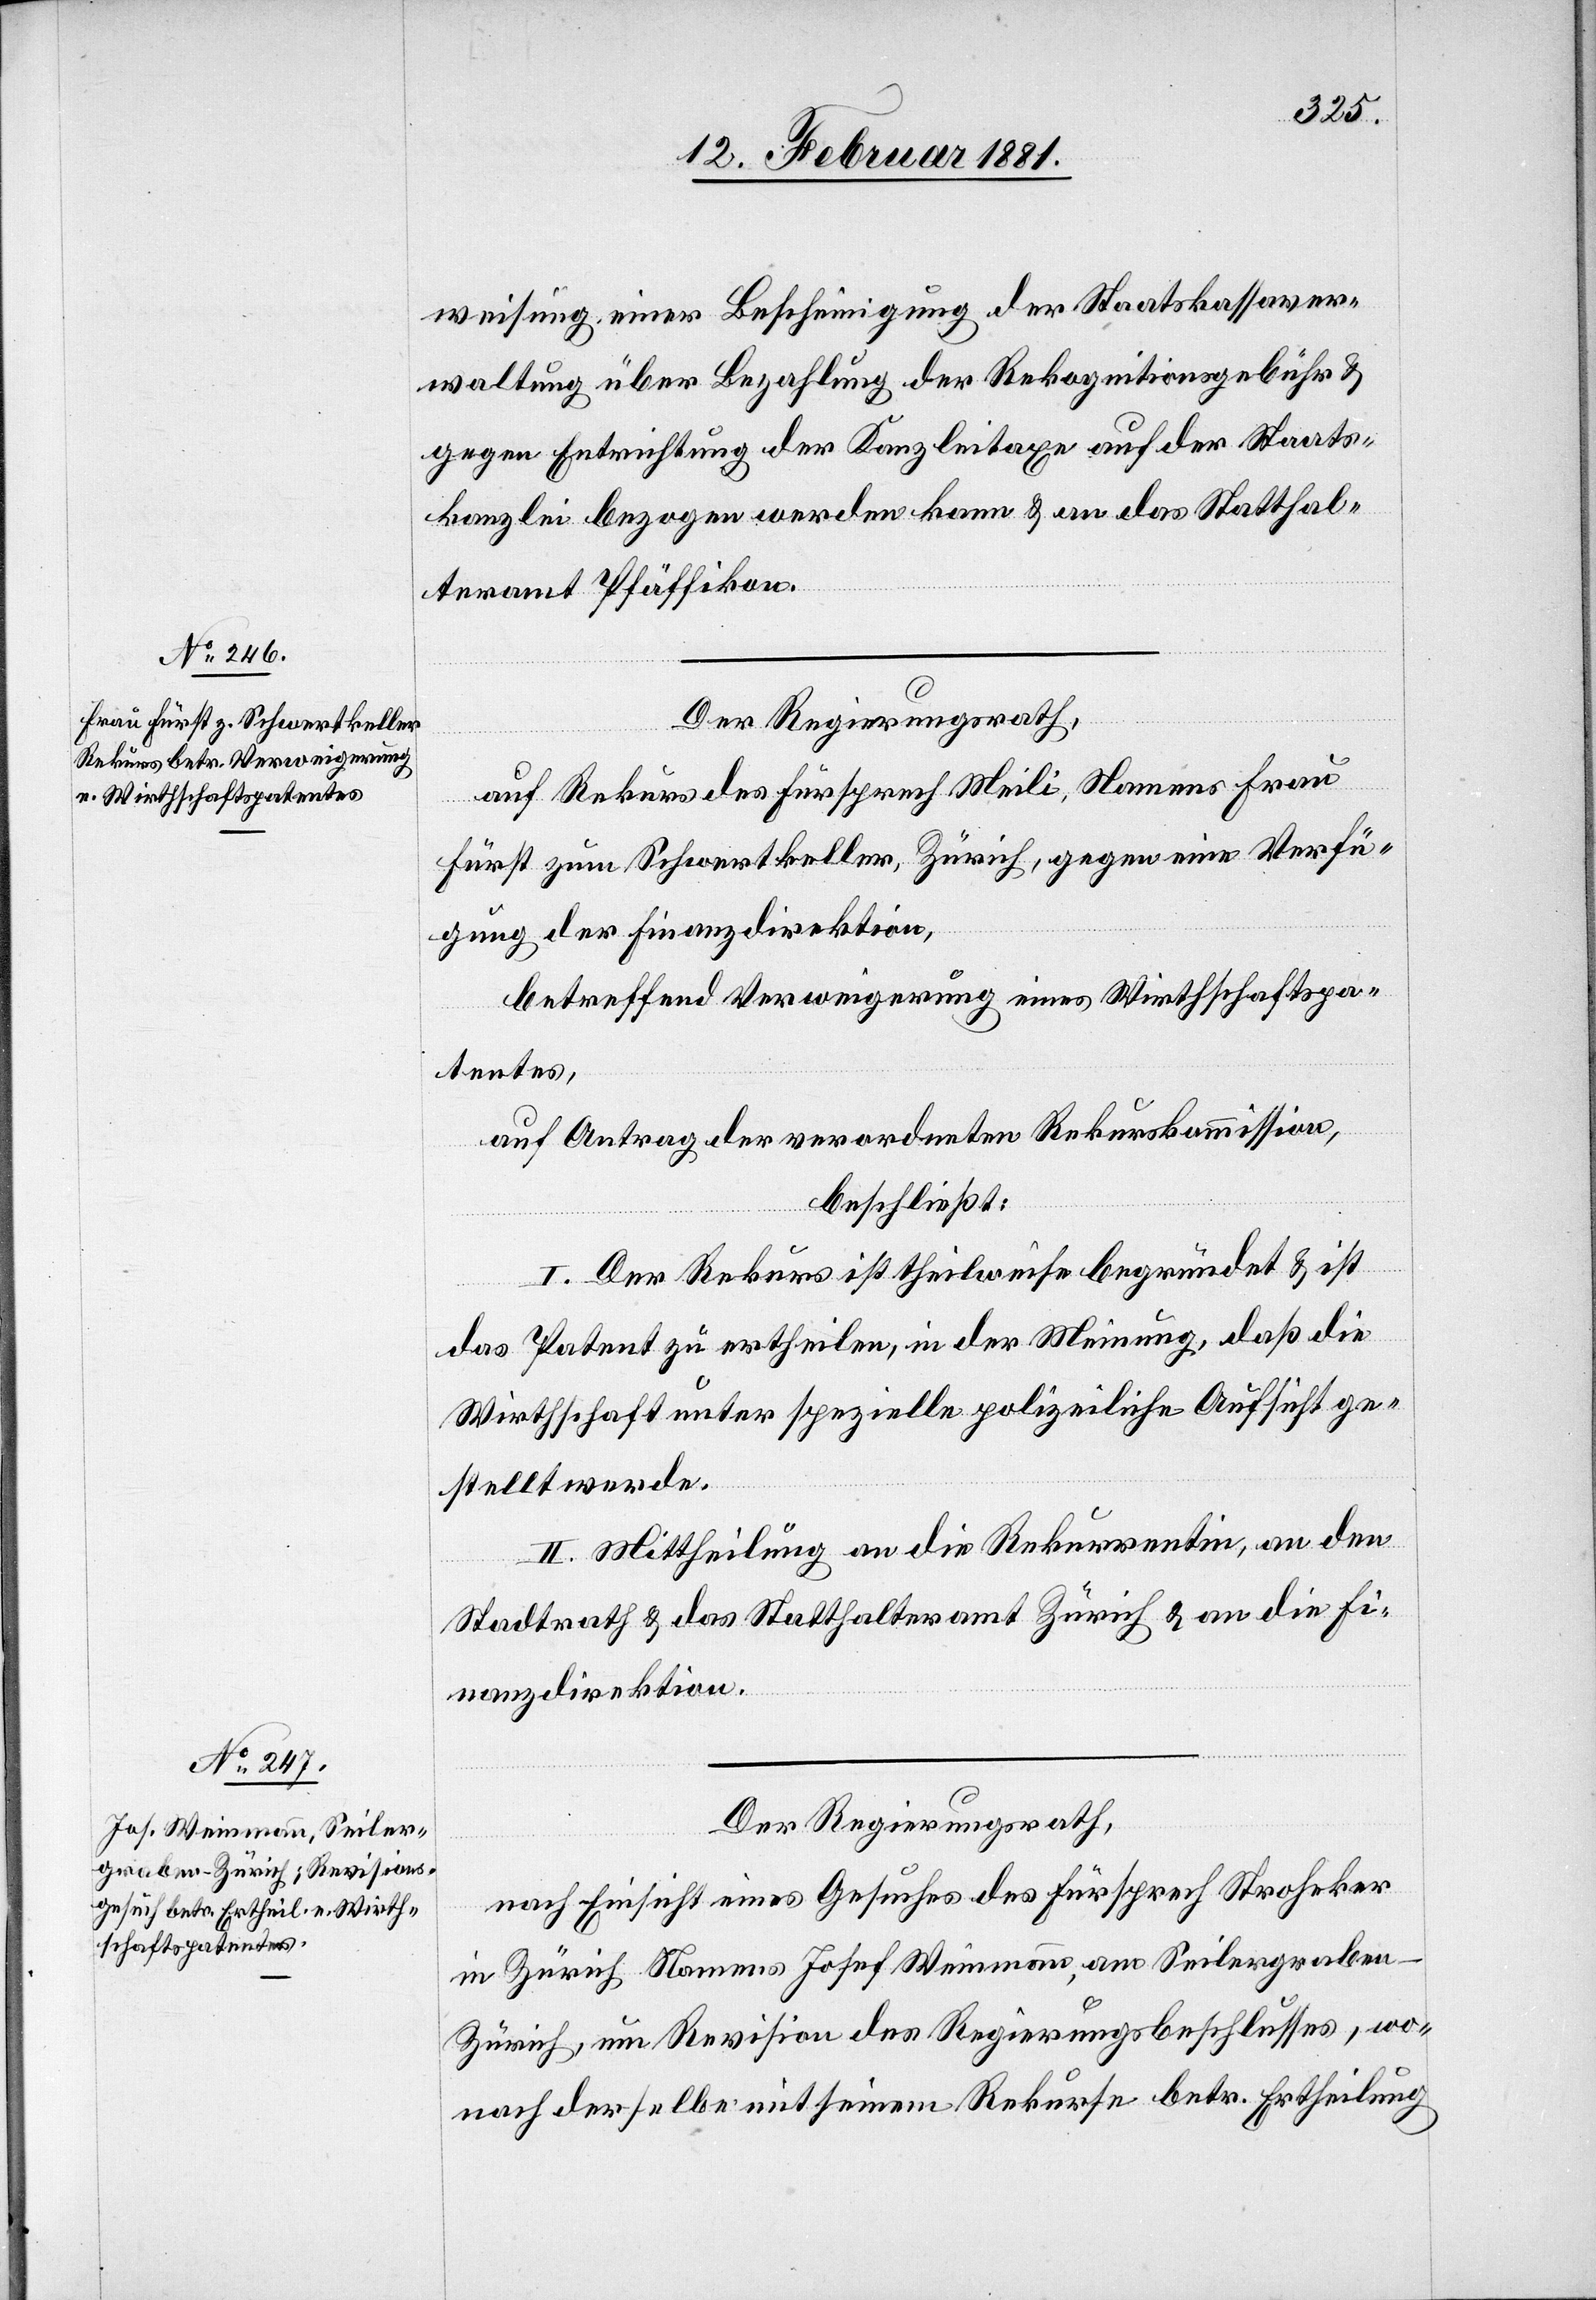
weisung einer Bescheinigung der Staatskassaver¬
waltung über Bezahlung der Rekognitionsgebühr &
gegen Entrichtung der Kanzleitaxe auf der Staats¬
kanzlei bezogen werden kann & an das Statthal¬
teramt Pfäffikon.
Der Regierungsrath,
auf Rekurs des Fürsprech Meili, Namens Frau
Fürst zum Schwertkeller, Zürich, gegen eine Verfü¬
gung der Finanzdirektion,
betreffend Verweigerung eines Wirthschaftspa¬
tentes,
auf Antrag der verordneten Rekurskommission,
beschließt:
I. Der Rekurs ist theilweise begründet & ist
das Patent zu ertheilen, in der Meinung, daß die
Wirthschaft unter spezielle polizeiliche Aufsicht ge¬
stellt werde.
II. Mittheilung an die Rekurrentin, an den
Stadtrath & das Statthalteramt Zürich & an die Fi¬
nanzdirektion.
Der Regierungsrath,
nach Einsicht eines Gesuches des Fürsprech Stroheker
in Zürich Namens Josef Weinmann, am Seilergraben
Zürich, um Revision des Regierungsbeschlusses, wo¬
nach derselbe mit seinem Rekurse betr. Ertheilung